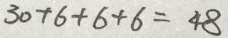
3 0 + 6 + 6 + 6 = 4 8